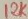
Text: 12K